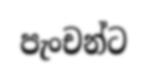
පැංචන්ට